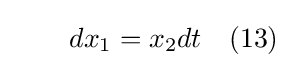
\qquad dx_{1}=x_{2}dt\quad (13)